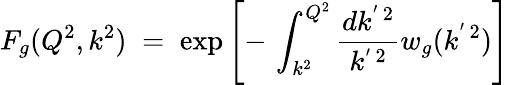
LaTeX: F_{g}(Q^{2},k^{2})\; =\; \exp\left[-\, \int_{k^{2}}^{Q^{2}}\frac{dk^{'\, 2}}{k^{'\, 2}}w_{g}(k^{'\, 2})\right]\,